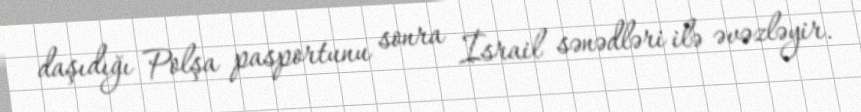
daşıdığı Polşa pasportunu sonra İsrail sənədləri ilə əvəzləyir.